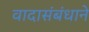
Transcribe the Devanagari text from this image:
वादासंबंधाने